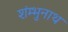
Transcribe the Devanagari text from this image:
शंम्भुनाथ